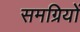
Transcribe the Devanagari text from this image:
समग्रियों